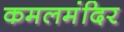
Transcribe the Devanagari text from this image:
कमलमंदिर